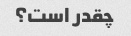
چقدر است؟